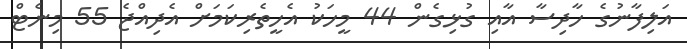
އަލިފާނުގެ ހާދިސާ އާއި ގުޅިގެން 44 މީހަކު އެހީތެރިކަމަށް އެދިއްޖެ 55 މިނެޓް